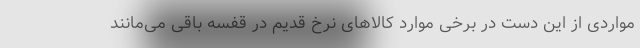
مواردی از این دست در برخی موارد کالاهای نرخ قدیم در قفسه باقی می‌مانند